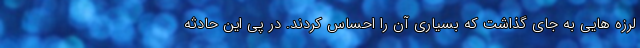
لرزه هایی به جای گذاشت که بسیاری آن را احساس کردند. در پی این حادثه